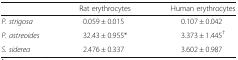
<table><thead><tr><td></td><td><b>Rat erythrocytes</b></td><td><b>Human erythrocytes</b></td></tr></thead><tbody><tr><td><i>P. strigosa</i></td><td>0.059 ± 0.015</td><td>0.107 ± 0.042</td></tr><tr><td><i>P. astreoides</i></td><td>32.43 ± 0.955*</td><td>3.373 ± 1.445<sup>†</sup></td></tr><tr><td><i>S. siderea</i></td><td>2.476 ± 0.337</td><td>3.602 ± 0.987</td></tr></tbody></table>